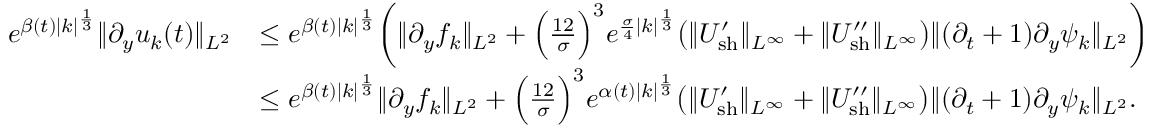
\begin{array} { r l } { e ^ { \beta ( t ) | k | ^ { \frac { 1 } { 3 } } } \| \partial _ { y } u _ { k } ( t ) \| _ { L ^ { 2 } } } & { \leq e ^ { \beta ( t ) | k | ^ { \frac { 1 } { 3 } } } \bigg ( \| \partial _ { y } f _ { k } \| _ { L ^ { 2 } } + \Big ( \frac { 1 2 } { \sigma } \Big ) ^ { 3 } e ^ { \frac { \sigma } { 4 } | k | ^ { \frac { 1 } { 3 } } } \big ( \| U _ { \mathrm { s h } } ^ { \prime } \| _ { L ^ { \infty } } + \| U _ { \mathrm { s h } } ^ { \prime \prime } \| _ { L ^ { \infty } } \big ) \| ( \partial _ { t } + 1 ) \partial _ { y } \psi _ { k } \| _ { L ^ { 2 } } \bigg ) } \\ & { \leq e ^ { \beta ( t ) | k | ^ { \frac { 1 } { 3 } } } \| \partial _ { y } f _ { k } \| _ { L ^ { 2 } } + \Big ( \frac { 1 2 } { \sigma } \Big ) ^ { 3 } e ^ { \alpha ( t ) | k | ^ { \frac { 1 } { 3 } } } \big ( \| U _ { \mathrm { s h } } ^ { \prime } \| _ { L ^ { \infty } } + \| U _ { \mathrm { s h } } ^ { \prime \prime } \| _ { L ^ { \infty } } \big ) \| ( \partial _ { t } + 1 ) \partial _ { y } \psi _ { k } \| _ { L ^ { 2 } } . } \end{array}